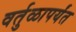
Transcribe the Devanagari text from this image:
वर्तुळापर्यंत